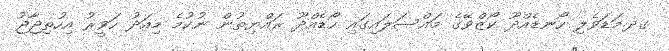
ގދ.މަޑަވެލި ހޯނޑެއްދޫ ކޯޒްވޭގެ މައްސަލައިގައި ހޯޑެއްދޫ ރައްޔިތުން ނުކުމެ މިއަދު ހަވީރު އިހުތިޖާޖު